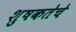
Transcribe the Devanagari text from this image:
शुषकतेचे